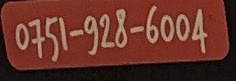
0751-928-6004